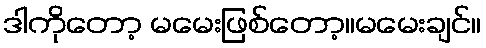
ဒါကိုတော့ မမေးဖြစ်တော့။မမေးချင်။